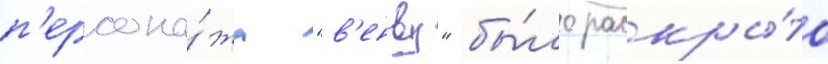
п'ерсона́жа "в'енву" бы́ло раскры́то